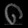
Digit: ၈